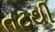
તટથી